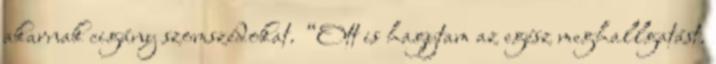
akarnak cigány szomszédokat. “Ott is hagytam az egész meghallgatást.